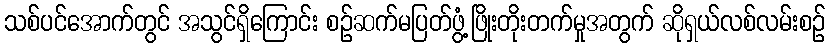
သစ်ပင်အောက်တွင် အသွင်ရှိကြောင်း စဉ်ဆက်မပြတ်ဖွံ့ဖြိုးတိုးတက်မှုအတွက် ဆိုရှယ်လစ်လမ်းစဉ်